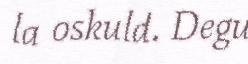
la oskuld. Degu